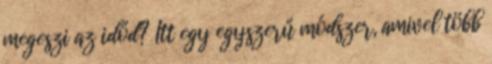
megeszi az időd? Itt egy egyszerű módszer, amivel több